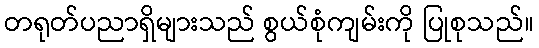
တရုတ်ပညာရှိများသည် စွယ်စုံကျမ်းကို ပြုစုသည်။